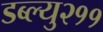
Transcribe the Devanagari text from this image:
डब्ल्यु२११